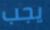
يجب